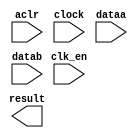
// megafunction wizard: %ALTFP_ADD_SUB%VBB%
// GENERATION: STANDARD
// VERSION: WM1.0
// MODULE: altfp_add_sub 

// ============================================================
// Megafunction Name(s):
// 			altfp_add_sub
//
// Simulation Library Files(s):
// 			lpm
// ============================================================
// ************************************************************
// THIS IS A WIZARD-GENERATED FILE. DO NOT EDIT THIS FILE!
//
// 18.0.0 Build 614 04/24/2018 SJ Lite Edition
// ************************************************************

//Copyright (C) 2018  Intel Corporation. All rights reserved.
//Your use of Intel Corporation's design tools, logic functions 
//and other software and tools, and its AMPP partner logic 
//functions, and any output files from any of the foregoing 
//(including device programming or simulation files), and any 
//associated documentation or information are expressly subject 
//to the terms and conditions of the Intel Program License 
//Subscription Agreement, the Intel Quartus Prime License Agreement,
//the Intel FPGA IP License Agreement, or other applicable license
//agreement, including, without limitation, that your use is for
//the sole purpose of programming logic devices manufactured by
//Intel and sold by Intel or its authorized distributors.  Please
//refer to the applicable agreement for further details.

module fp_sub (
	aclr,
	clk_en,
	clock,
	dataa,
	datab,
	result)/* synthesis synthesis_clearbox = 1 */;

	input	  aclr;
	input	  clk_en;
	input	  clock;
	input	[31:0]  dataa;
	input	[31:0]  datab;
	output	[31:0]  result;

endmodule

// ============================================================
// CNX file retrieval info
// ============================================================
// Retrieval info: PRIVATE: FPM_FORMAT NUMERIC "0"
// Retrieval info: PRIVATE: INTENDED_DEVICE_FAMILY STRING "Cyclone V"
// Retrieval info: PRIVATE: SYNTH_WRAPPER_GEN_POSTFIX STRING "0"
// Retrieval info: PRIVATE: WIDTH_DATA NUMERIC "32"
// Retrieval info: LIBRARY: altera_mf altera_mf.altera_mf_components.all
// Retrieval info: CONSTANT: DENORMAL_SUPPORT STRING "NO"
// Retrieval info: CONSTANT: DIRECTION STRING "SUB"
// Retrieval info: CONSTANT: INTENDED_DEVICE_FAMILY STRING "Cyclone V"
// Retrieval info: CONSTANT: OPTIMIZE STRING "SPEED"
// Retrieval info: CONSTANT: PIPELINE NUMERIC "14"
// Retrieval info: CONSTANT: REDUCED_FUNCTIONALITY STRING "NO"
// Retrieval info: CONSTANT: WIDTH_EXP NUMERIC "8"
// Retrieval info: CONSTANT: WIDTH_MAN NUMERIC "23"
// Retrieval info: USED_PORT: aclr 0 0 0 0 INPUT NODEFVAL "aclr"
// Retrieval info: USED_PORT: clk_en 0 0 0 0 INPUT NODEFVAL "clk_en"
// Retrieval info: USED_PORT: clock 0 0 0 0 INPUT NODEFVAL "clock"
// Retrieval info: USED_PORT: dataa 0 0 32 0 INPUT NODEFVAL "dataa[31..0]"
// Retrieval info: USED_PORT: datab 0 0 32 0 INPUT NODEFVAL "datab[31..0]"
// Retrieval info: USED_PORT: result 0 0 32 0 OUTPUT NODEFVAL "result[31..0]"
// Retrieval info: CONNECT: @aclr 0 0 0 0 aclr 0 0 0 0
// Retrieval info: CONNECT: @clk_en 0 0 0 0 clk_en 0 0 0 0
// Retrieval info: CONNECT: @clock 0 0 0 0 clock 0 0 0 0
// Retrieval info: CONNECT: @dataa 0 0 32 0 dataa 0 0 32 0
// Retrieval info: CONNECT: @datab 0 0 32 0 datab 0 0 32 0
// Retrieval info: CONNECT: result 0 0 32 0 @result 0 0 32 0
// Retrieval info: GEN_FILE: TYPE_NORMAL fp_sub.v TRUE
// Retrieval info: GEN_FILE: TYPE_NORMAL fp_sub.inc FALSE
// Retrieval info: GEN_FILE: TYPE_NORMAL fp_sub.cmp FALSE
// Retrieval info: GEN_FILE: TYPE_NORMAL fp_sub.bsf TRUE
// Retrieval info: GEN_FILE: TYPE_NORMAL fp_sub_inst.v FALSE
// Retrieval info: GEN_FILE: TYPE_NORMAL fp_sub_bb.v TRUE
// Retrieval info: LIB_FILE: lpm